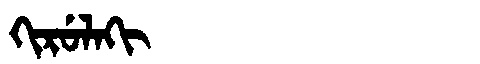
Manchu: ᡴᡳᡵᡠᠯᠠᡴᡳ
Romanization: KIRULAKI